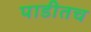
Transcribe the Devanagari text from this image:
पाडीतच